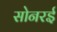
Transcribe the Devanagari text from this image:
सोनरई